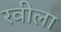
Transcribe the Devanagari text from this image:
रवीला